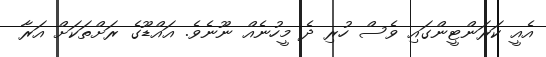
އެއީ ކަރަންޓީންގައި ވެސް ހުރި ދެ މީހުނެއް ނޫނެވެ. އައްޑޫގެ ރަށްތަކަށް އަރާ